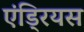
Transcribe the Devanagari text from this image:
एंड्रियस